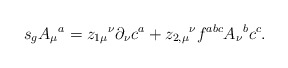
\begin{align*}s_g{A_\mu}^a = {z_{1\mu}}^\nu \partial_\nu c^a + {z_{2,\mu}}^\nu f^{abc}{A_\nu}^b c^c.\end{align*}